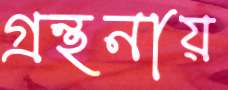
গ্রন্থনায়